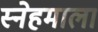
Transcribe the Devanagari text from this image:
स्नेहमाला